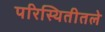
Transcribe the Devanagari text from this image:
परिस्थितीतले